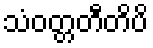
သံဝတ္တတီတိပိ